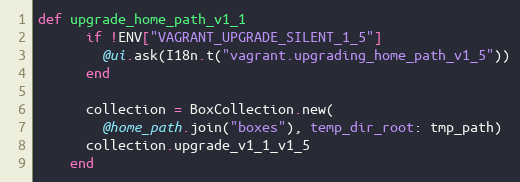
Language: Ruby
def upgrade_home_path_v1_1
      if !ENV["VAGRANT_UPGRADE_SILENT_1_5"]
        @ui.ask(I18n.t("vagrant.upgrading_home_path_v1_5"))
      end

      collection = BoxCollection.new(
        @home_path.join("boxes"), temp_dir_root: tmp_path)
      collection.upgrade_v1_1_v1_5
    end